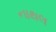
નાથલ